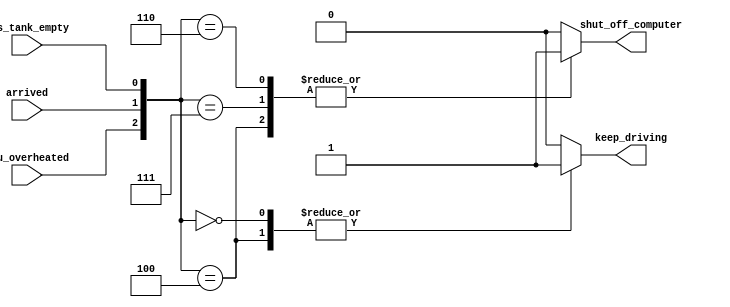
module test(cpu_overheated,arrived,gas_tank_empty,shut_off_computer,keep_driving);
input cpu_overheated,arrived,gas_tank_empty;
output reg shut_off_computer,keep_driving;
always@( cpu_overheated,arrived,gas_tank_empty)
begin
case({cpu_overheated,arrived,gas_tank_empty})
3'b010,3'b001:
begin
shut_off_computer=0;
keep_driving=0;
end
3'b000:
begin
shut_off_computer=0;
keep_driving=1;
end
3'b100:
begin
shut_off_computer=1;
keep_driving=1;
end
3'b110,3'b111:
begin
shut_off_computer=1;
keep_driving=0;
end
default:
begin
shut_off_computer=0;
keep_driving=0;
end
endcase
end
endmodule